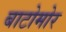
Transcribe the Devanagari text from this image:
बाटोमोर